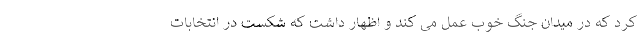
کرد که در میدان جنگ خوب عمل می کند و اظهار داشت که شکست در انتخابات